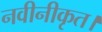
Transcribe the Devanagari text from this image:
नवीनीकृत।